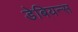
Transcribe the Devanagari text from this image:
डेबियन्स